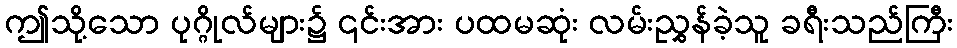
ဤသို့သော ပုဂ္ဂိုလ်များ၌ ၎င်းအား ပထမဆုံး လမ်းညွှန်ခဲ့သူ ခရီးသည်ကြီး